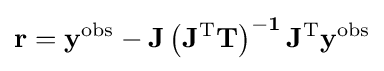
\mathbf {r=y^{\mathrm {obs} }-J\left(J^{\mathrm {T} }T\right)^{-1}J^{\mathrm {T} }y^{\mathrm {obs} }}